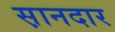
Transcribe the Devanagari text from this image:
स़ानदार